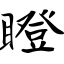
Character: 瞪